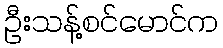
ဦးသန့်စင်မောင်က